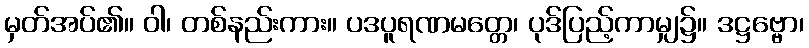
မှတ်အပ်၏။ ဝါ၊ တစ်နည်းကား။ ပဒပူရဏမတ္တေ၊ ပုဒ်ပြည့်ကာမျှ၌။ ဒဋ္ဌဗ္ဗော၊